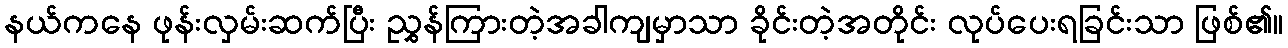
နယ်ကနေ ဖုန်းလှမ်းဆက်ပြီး ညွှန်ကြားတဲ့အခါကျမှာသာ ခိုင်းတဲ့အတိုင်း လုပ်ပေးရခြင်းသာ ဖြစ်၏။